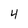
Character: 4